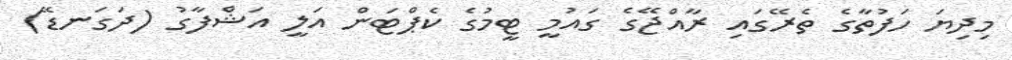
މިދިޔަ ހަފުތާގެ ތެރޭގައި ރާއްޖޭގެ ގައުމީ ޓީމުގެ ކެޕްޓަން އަލީ އަޝްފާގު (ދަގަނޑޭ)